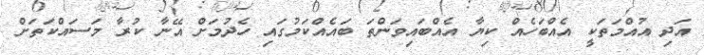
އަދި އުއްމަތަކީ އެއްބަހެއް ކިޔާ އެއްބައިވަންތަ ބައެއްކަމުގައި ހެދުމަށް އޭނާ ކުރާ މަސައްކަތަށް